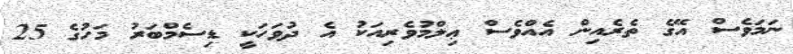
ނަމަވެސް އޭގެ ތެރެއިން އެއްވެސް ޢިލްމުވެރިއަކު އެ ދުވަހަކީ ޑިސެމްބަރު މަހުގެ 25